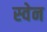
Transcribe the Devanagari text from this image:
स्‍वेन